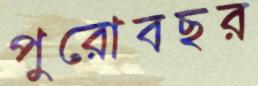
পুরোবছর